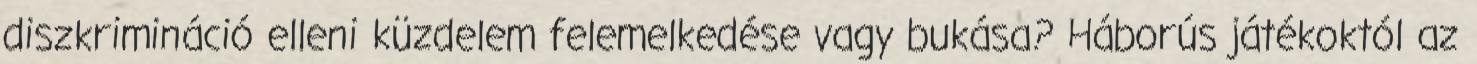
diszkrimináció elleni küzdelem felemelkedése vagy bukása? Háborús játékoktól az